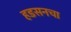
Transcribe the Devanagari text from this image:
हडसनचा